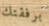
برفقتك